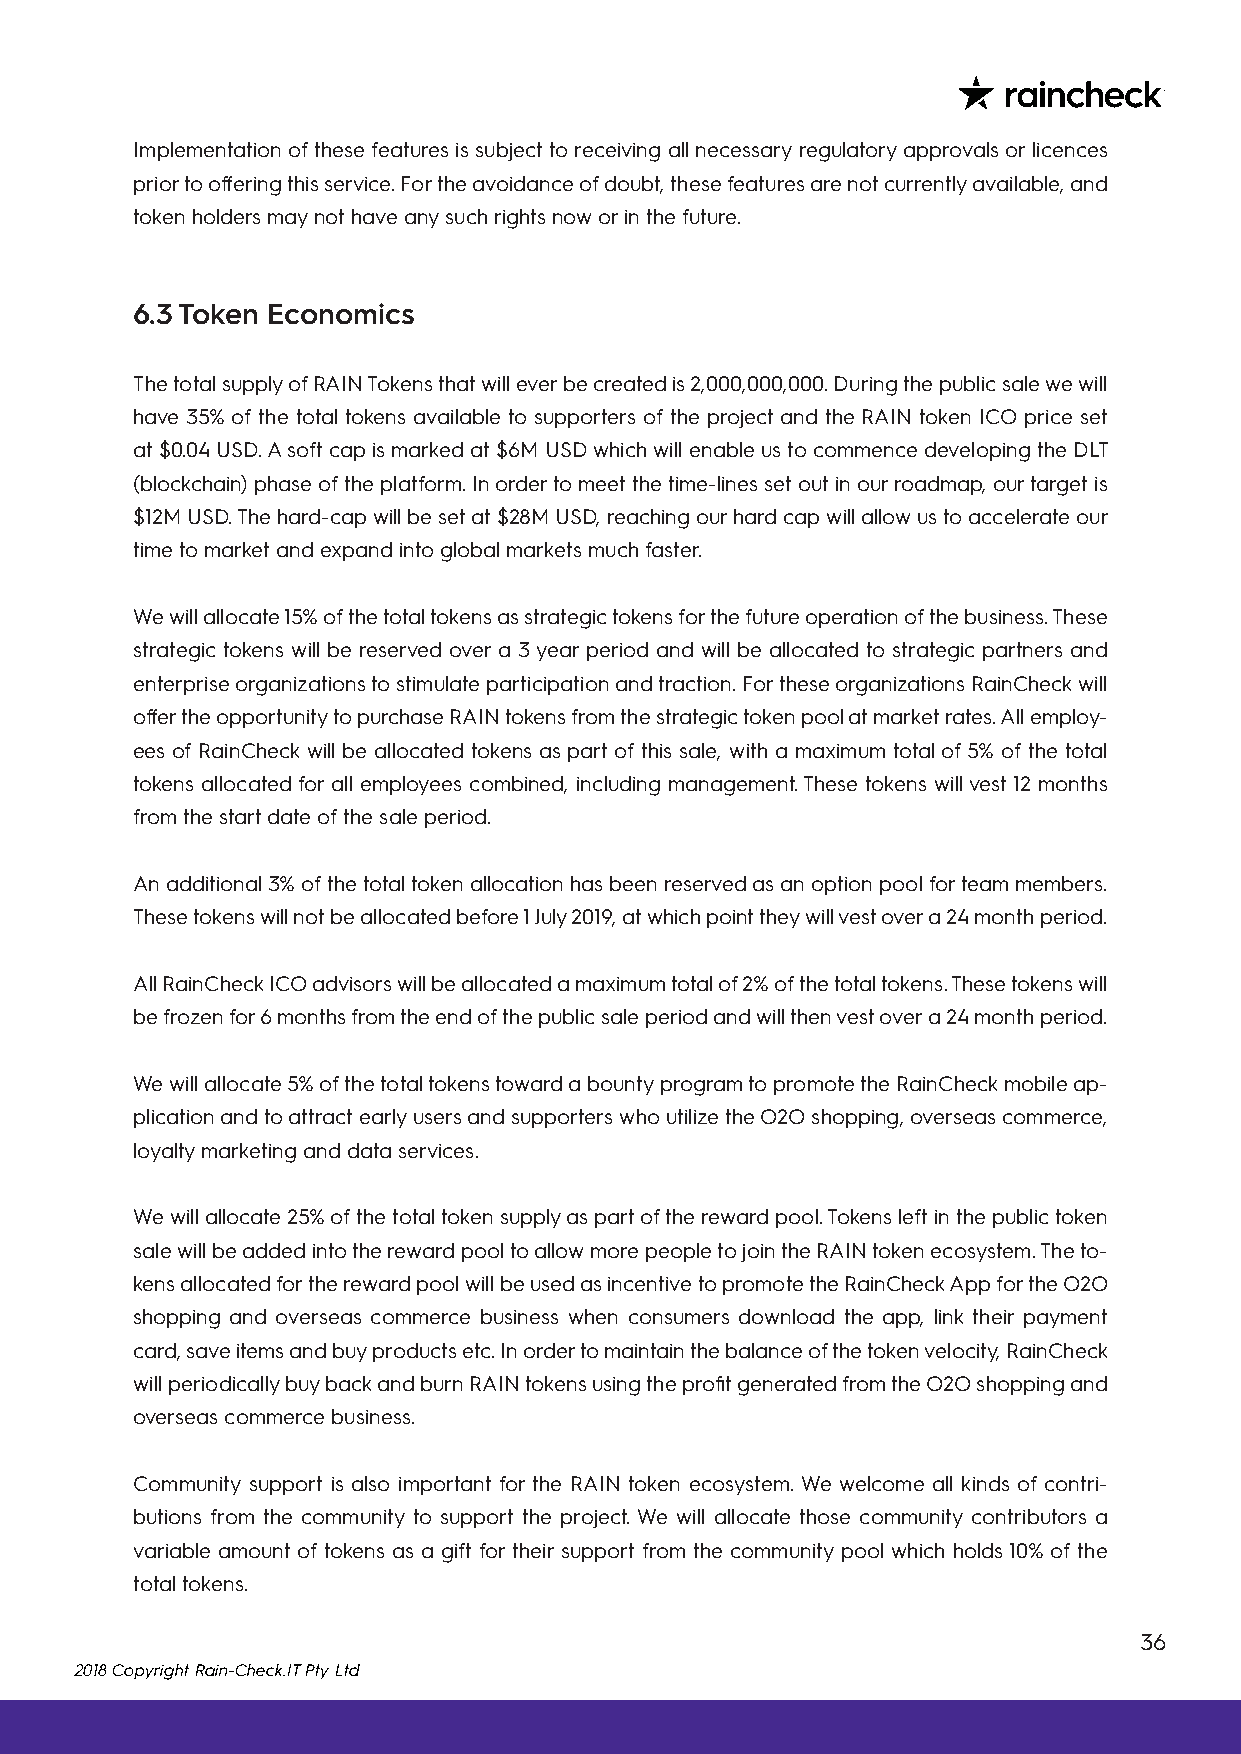
Implementation of these features is subject to receiving all necessary regulatory approvals or licences
 prior to offering this service. For the avoidance of doubt, these features are not currently available, and
 token holders may not have any such rights now or in the future.
 6.3 Token Economics
 The total supply of RAIN Tokens that will ever be created is 2,000,000,000. During the public sale we will
 have 35% of the total tokens available to supporters of the project and the RAIN token ICO price set
 at $0.04 USD. A soft cap is marked at $6M USD which will enable us to commence developing the DLT
 (blockchain) phase of the platform. In order to meet the time-lines set out in our roadmap, our target is
 $12M USD. The hard-cap will be set at $28M USD, reaching our hard cap will allow us to accelerate our
 time to market and expand into global markets much faster.
 We will allocate 15% of the total tokens as strategic tokens for the future operation of the business. These
 strategic tokens will be reserved over a 3 year period and will be allocated to strategic partners and
 enterprise organizations to stimulate participation and traction. For these organizations RainCheck will
 offer the opportunity to purchase RAIN tokens from the strategic token pool at market rates. All employ-
 ees of RainCheck will be allocated tokens as part of this sale, with a maximum total of 5% of the total
 tokens allocated for all employees combined, including management. These tokens will vest 12 months
 from the start date of the sale period.
 An additional 3% of the total token allocation has been reserved as an option pool for team members.
 These tokens will not be allocated before 1 July 2019, at which point they will vest over a 24 month period.
 All RainCheck ICO advisors will be allocated a maximum total of 2% of the total tokens. These tokens will
 be frozen for 6 months from the end of the public sale period and will then vest over a 24 month period.
 We will allocate 5% of the total tokens toward a bounty program to promote the RainCheck mobile ap-
 plication and to attract early users and supporters who utilize the O2O shopping, overseas commerce,
 loyalty marketing and data services.
 We will allocate 25% of the total token supply as part of the reward pool. Tokens left in the public token
 sale will be added into the reward pool to allow more people to join the RAIN token ecosystem. The to-
 kens allocated for the reward pool will be used as incentive to promote the RainCheck App for the O2O
 shopping and overseas commerce business when consumers download the app, link their payment
 card, save items and buy products etc. In order to maintain the balance of the token velocity, RainCheck
 will periodically buy back and burn RAIN tokens using the profit generated from the O2O shopping and
 overseas commerce business.
 Community support is also important for the RAIN token ecosystem. We welcome all kinds of contri-
 butions from the community to support the project. We will allocate those community contributors a
 variable amount of tokens as a gift for their support from the community pool which holds 10% of the
 total tokens.
 36
 2018 Copyright Rain-Check.IT Pty Ltd